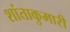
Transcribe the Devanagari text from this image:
शांताकुमारी